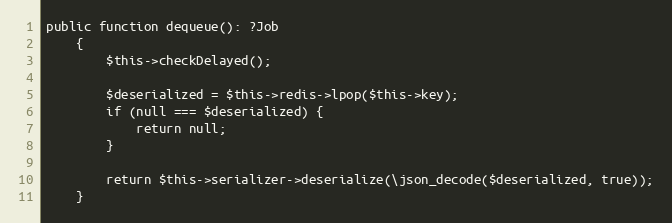
Language: PHP
public function dequeue(): ?Job
    {
        $this->checkDelayed();

        $deserialized = $this->redis->lpop($this->key);
        if (null === $deserialized) {
            return null;
        }

        return $this->serializer->deserialize(\json_decode($deserialized, true));
    }